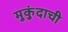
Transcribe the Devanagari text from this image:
मुकुंदाची